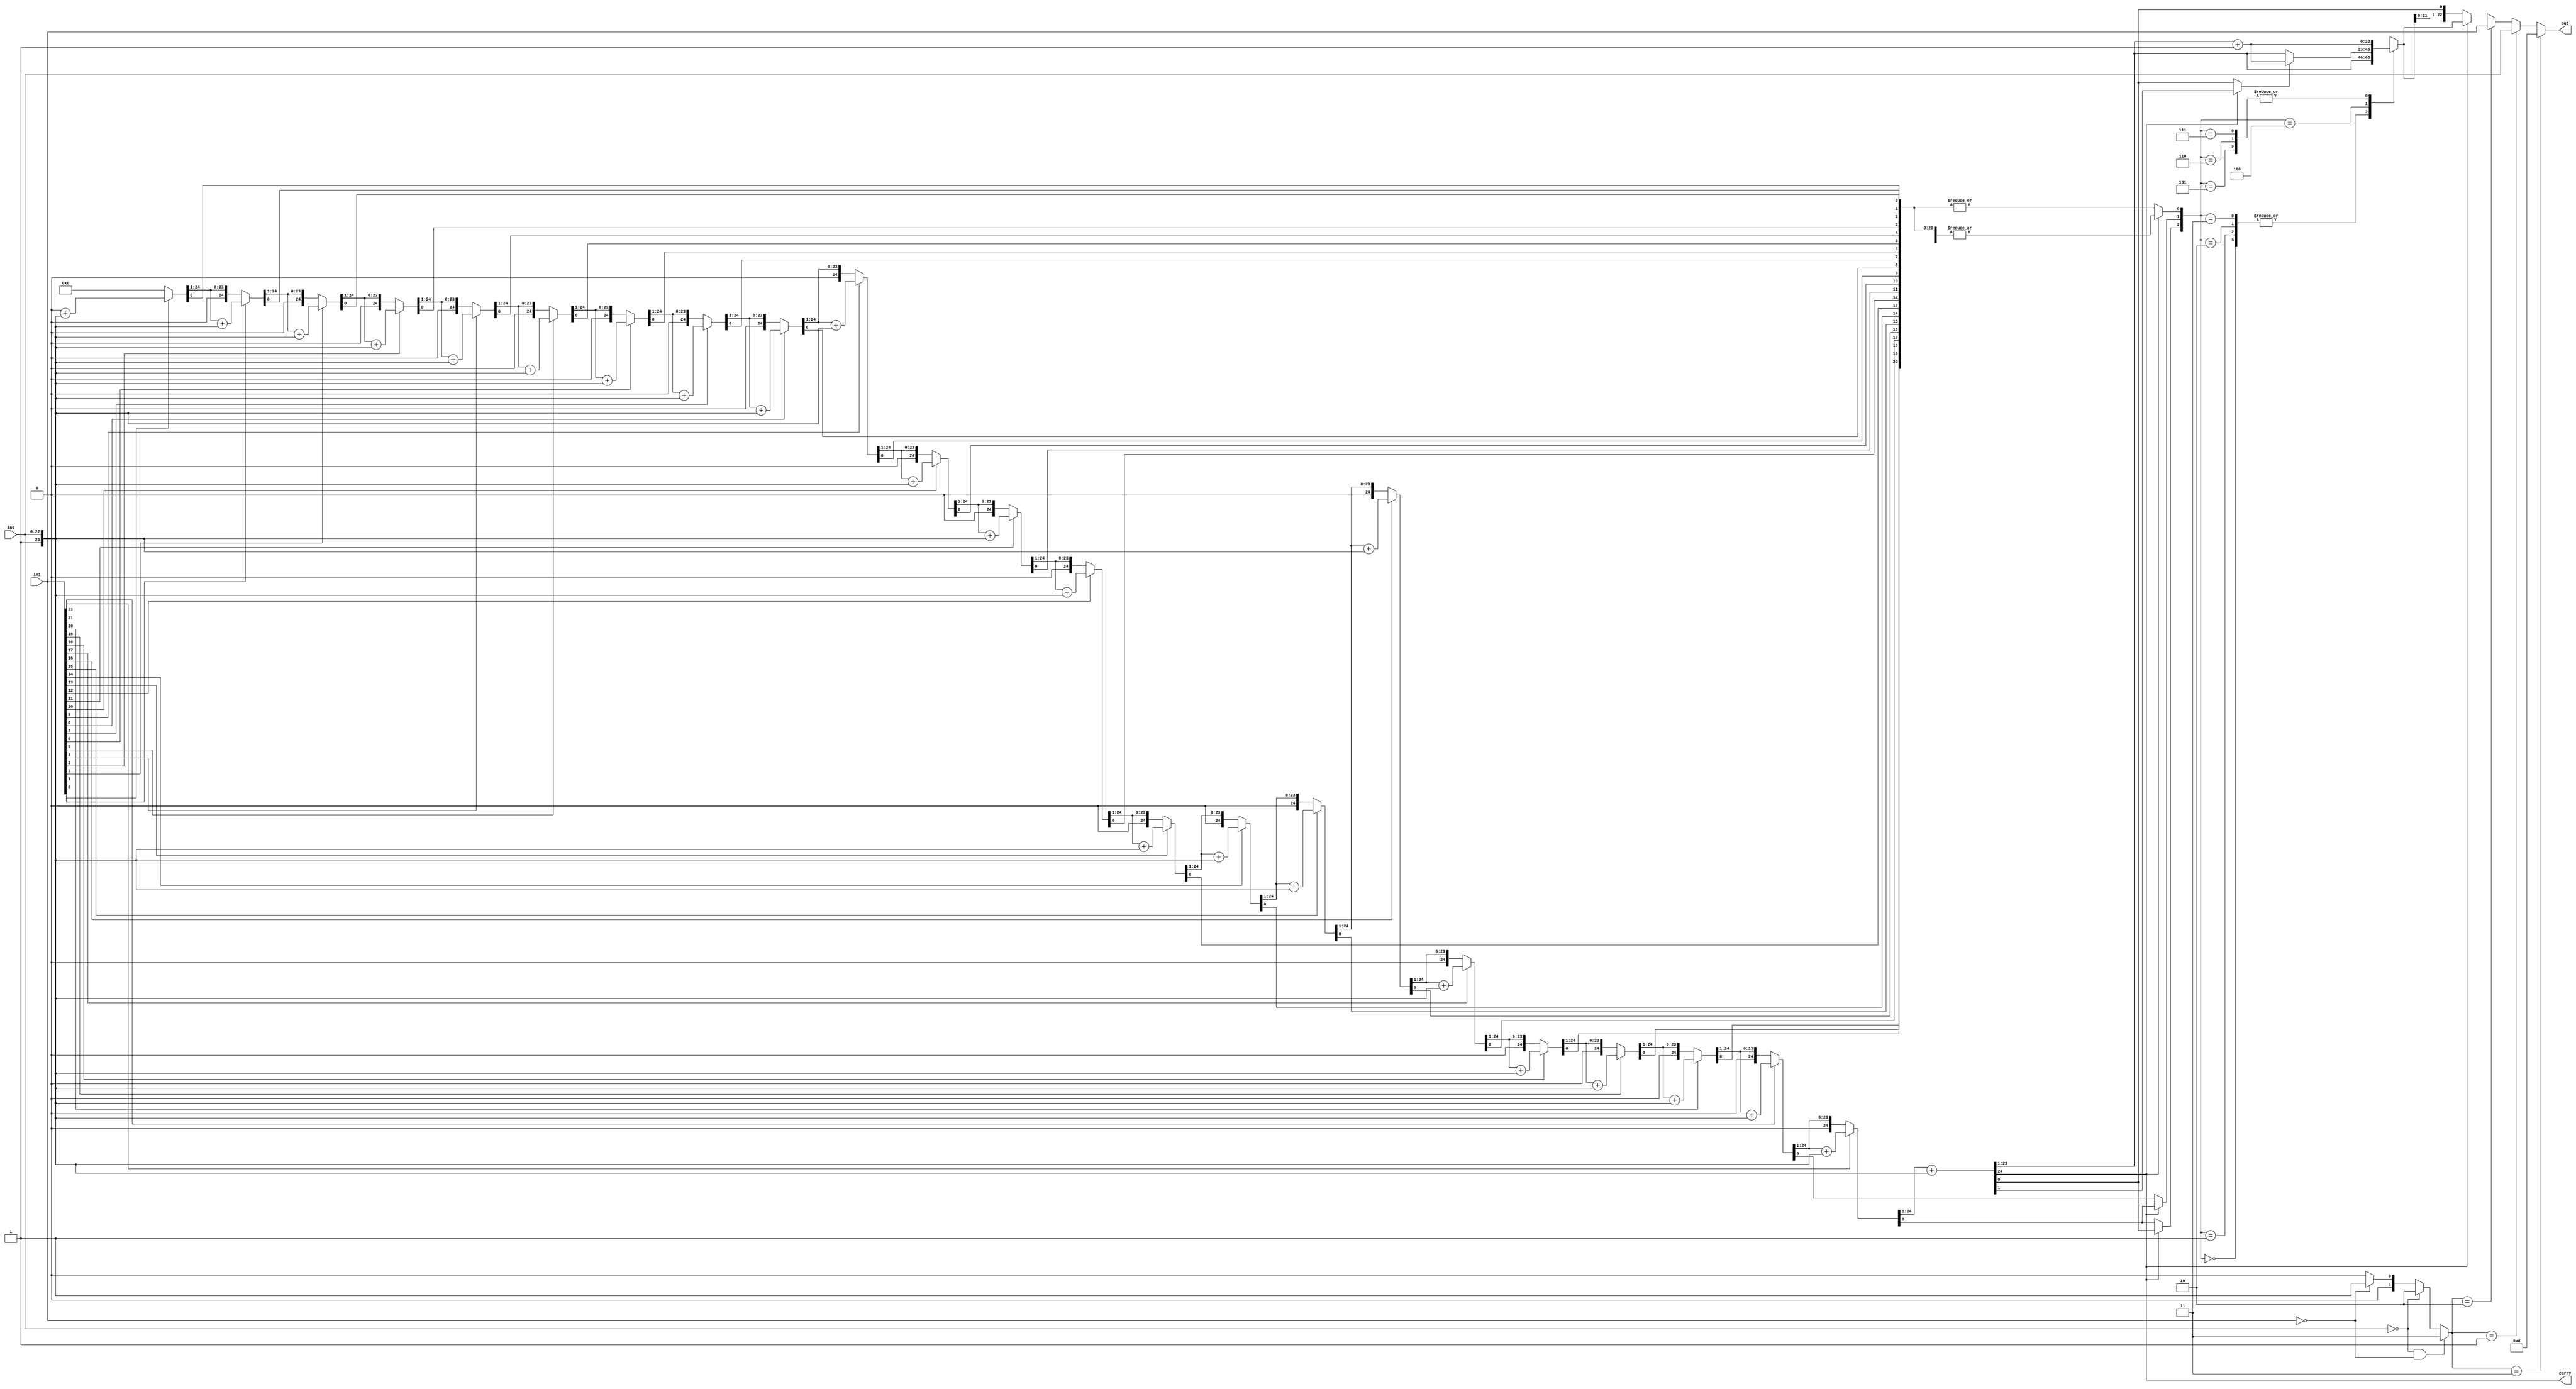
`timescale 1ns/1ns

//unsigned_multiplier
//round to down
//GRS  rount to nearest even
module mantissa_multiplier #(
    parameter integer BIT_WIDTH = 23
) (
    input [BIT_WIDTH-1:0] in0,
    input [BIT_WIDTH-1:0] in1,
    output reg [BIT_WIDTH-1:0] out,
    output reg carry
);

reg [(BIT_WIDTH + 1) * 2  : 0] res;
reg [bit_cnt_func(BIT_WIDTH+1)-1:0] i;
reg [1:0] flag_zero;
reg mantissa_last;
reg G,R,S;
localparam BOTH_ZERO=2'b11;
localparam EITHER_ZERO_LEFT=2'b10;
localparam EITHER_ZERO_RIGHT=2'b01;
localparam NITHER_ZERO=2'b00;
always@(*)begin
    flag_zero = (in0 == 0 && in1 == 0) ? BOTH_ZERO : (in0 == 0  ? EITHER_ZERO_LEFT : (in1 == 0 ? EITHER_ZERO_RIGHT : NITHER_ZERO));
    //to avoid latch
    res = {(BIT_WIDTH * 2 + 2){1'b0}};
    //set 1.xxxxxxx...
    res[BIT_WIDTH:0] = {1'b1,in1};

    for(i = BIT_WIDTH+1; i > 0; i = i - 1'b1)begin
        
        if(res[0]) res[(BIT_WIDTH+1) * 2 -: (BIT_WIDTH + 2)] = res[(BIT_WIDTH+1) * 2 -: (BIT_WIDTH + 2)] + {2'b01,in0};

        res = res >>1;
        carry = res[(BIT_WIDTH+1)*2-1];
    end
    
    if(carry)begin
        mantissa_last=res[BIT_WIDTH+1];
        G=res[BIT_WIDTH];
        R=res[BIT_WIDTH-1];
        S=|res[BIT_WIDTH-2:0];
       
    end else begin
        mantissa_last=res[BIT_WIDTH];
        G=res[BIT_WIDTH-1];
        R=res[BIT_WIDTH-2];
        S=|res[BIT_WIDTH-3:0];
    
    end 

    case ({G,R,S})
        3'b000:begin
            //round down(do nothing)
        end 
        3'b001:begin
            //round down(do nothing)
        end 
        3'b010:begin
            //round down(do nothing)
        end 
        3'b011:begin
            //round down(do nothing)
        end 
        3'b100:begin
            if(mantissa_last)begin
                res[(BIT_WIDTH+1) * 2 -: (BIT_WIDTH + 2)] = res[(BIT_WIDTH+1) * 2 -: (BIT_WIDTH + 2)] + 1'b1;
                //round up case
            end
            //round down(do nothing)
        end 
        3'b101:begin
            res[(BIT_WIDTH+1) * 2 -: (BIT_WIDTH + 2)] = res[(BIT_WIDTH+1) * 2 -: (BIT_WIDTH + 2)] + 1'b1;
            
        end 
        3'b110:begin
            res[(BIT_WIDTH+1) * 2 -: (BIT_WIDTH + 2)] = res[(BIT_WIDTH+1) * 2 -: (BIT_WIDTH + 2)] + 1'b1;
            
        end 
        3'b111:begin
            res[(BIT_WIDTH+1) * 2 -: (BIT_WIDTH + 2)] = res[(BIT_WIDTH+1) * 2 -: (BIT_WIDTH + 2)] + 1'b1;
            
        end 
        default:begin
            //do noting 
        end
         
    endcase
    if(flag_zero==BOTH_ZERO) out = 0;
    else if(flag_zero==EITHER_ZERO_RIGHT) out= in0[BIT_WIDTH-1:0];
    else if(flag_zero==EITHER_ZERO_LEFT) out= in1[BIT_WIDTH-1:0]; 
    else if(carry) out = res[((BIT_WIDTH + 1) * 2 -2)  -: (BIT_WIDTH)];
    else out = res[((BIT_WIDTH + 1) * 2 -3)  -: (BIT_WIDTH)];
//BIT_WIDTH * 2 + 1 -: (BIT_WIDTH+1)   carry    
//   ..
//    BIT_WIDTH*2 + 2  
    
end


//verilog       
function integer bit_cnt_func;
    input integer bitwith;
    for(bit_cnt_func = 0;bitwith>0;bitwith= bitwith/2) bit_cnt_func=bit_cnt_func+1;
    //3 signicant   1      
endfunction
endmodule